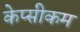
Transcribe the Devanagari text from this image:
केप्सीकम